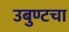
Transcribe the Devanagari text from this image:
उबुण्टचा